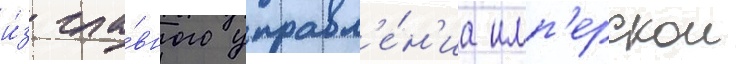
и́з гла́вного управл'е́н'иа имп'ерскои